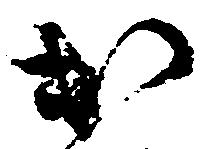
出